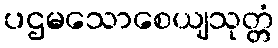
ပဌမသောစေယျသုတ္တံ